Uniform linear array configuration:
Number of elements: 32
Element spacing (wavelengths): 0.75
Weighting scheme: hann
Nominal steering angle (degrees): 15
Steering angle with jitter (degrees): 16.667
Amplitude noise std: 0.05
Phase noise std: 0.05

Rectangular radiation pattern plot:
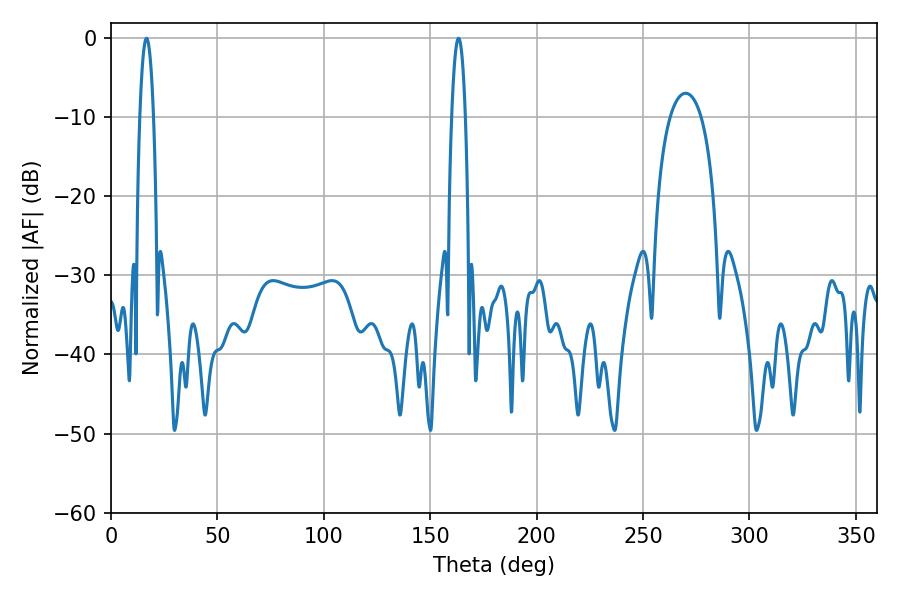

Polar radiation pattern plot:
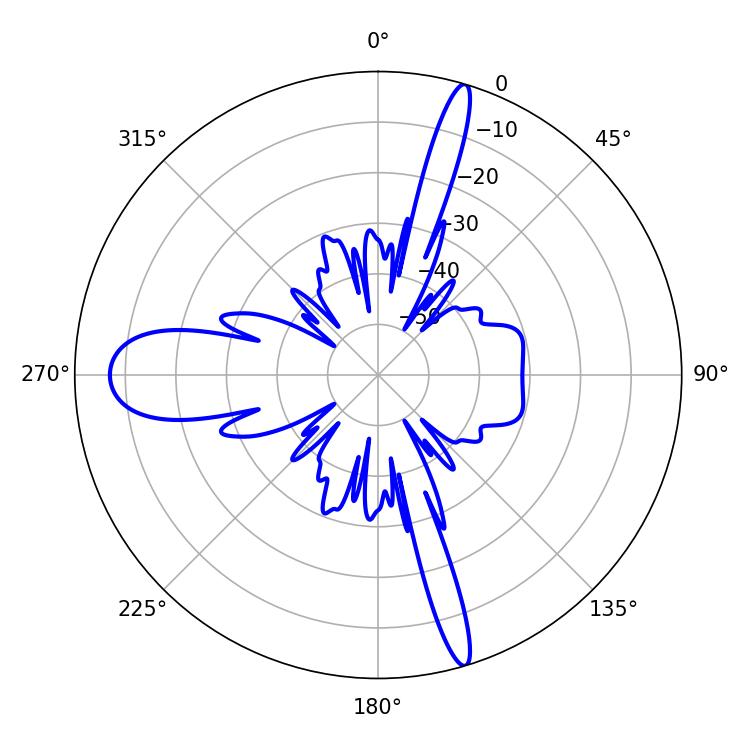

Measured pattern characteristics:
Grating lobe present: TRUE
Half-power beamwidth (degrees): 3.6
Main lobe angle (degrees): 16.74